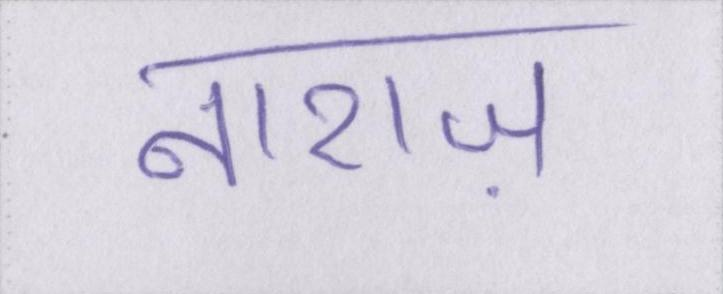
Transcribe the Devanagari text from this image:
नाराज़